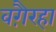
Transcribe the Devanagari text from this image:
वगै़रहा